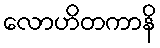
လောဟိတကာနိ